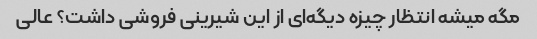
مگه میشه انتظار چیزه دیگه‌ای از این شیرینی فروشی داشت؟ عالی